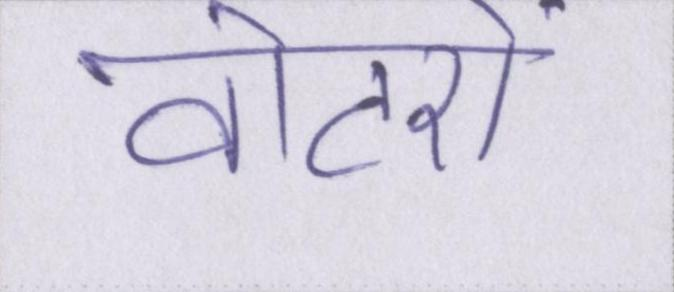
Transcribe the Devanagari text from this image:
वोटरों